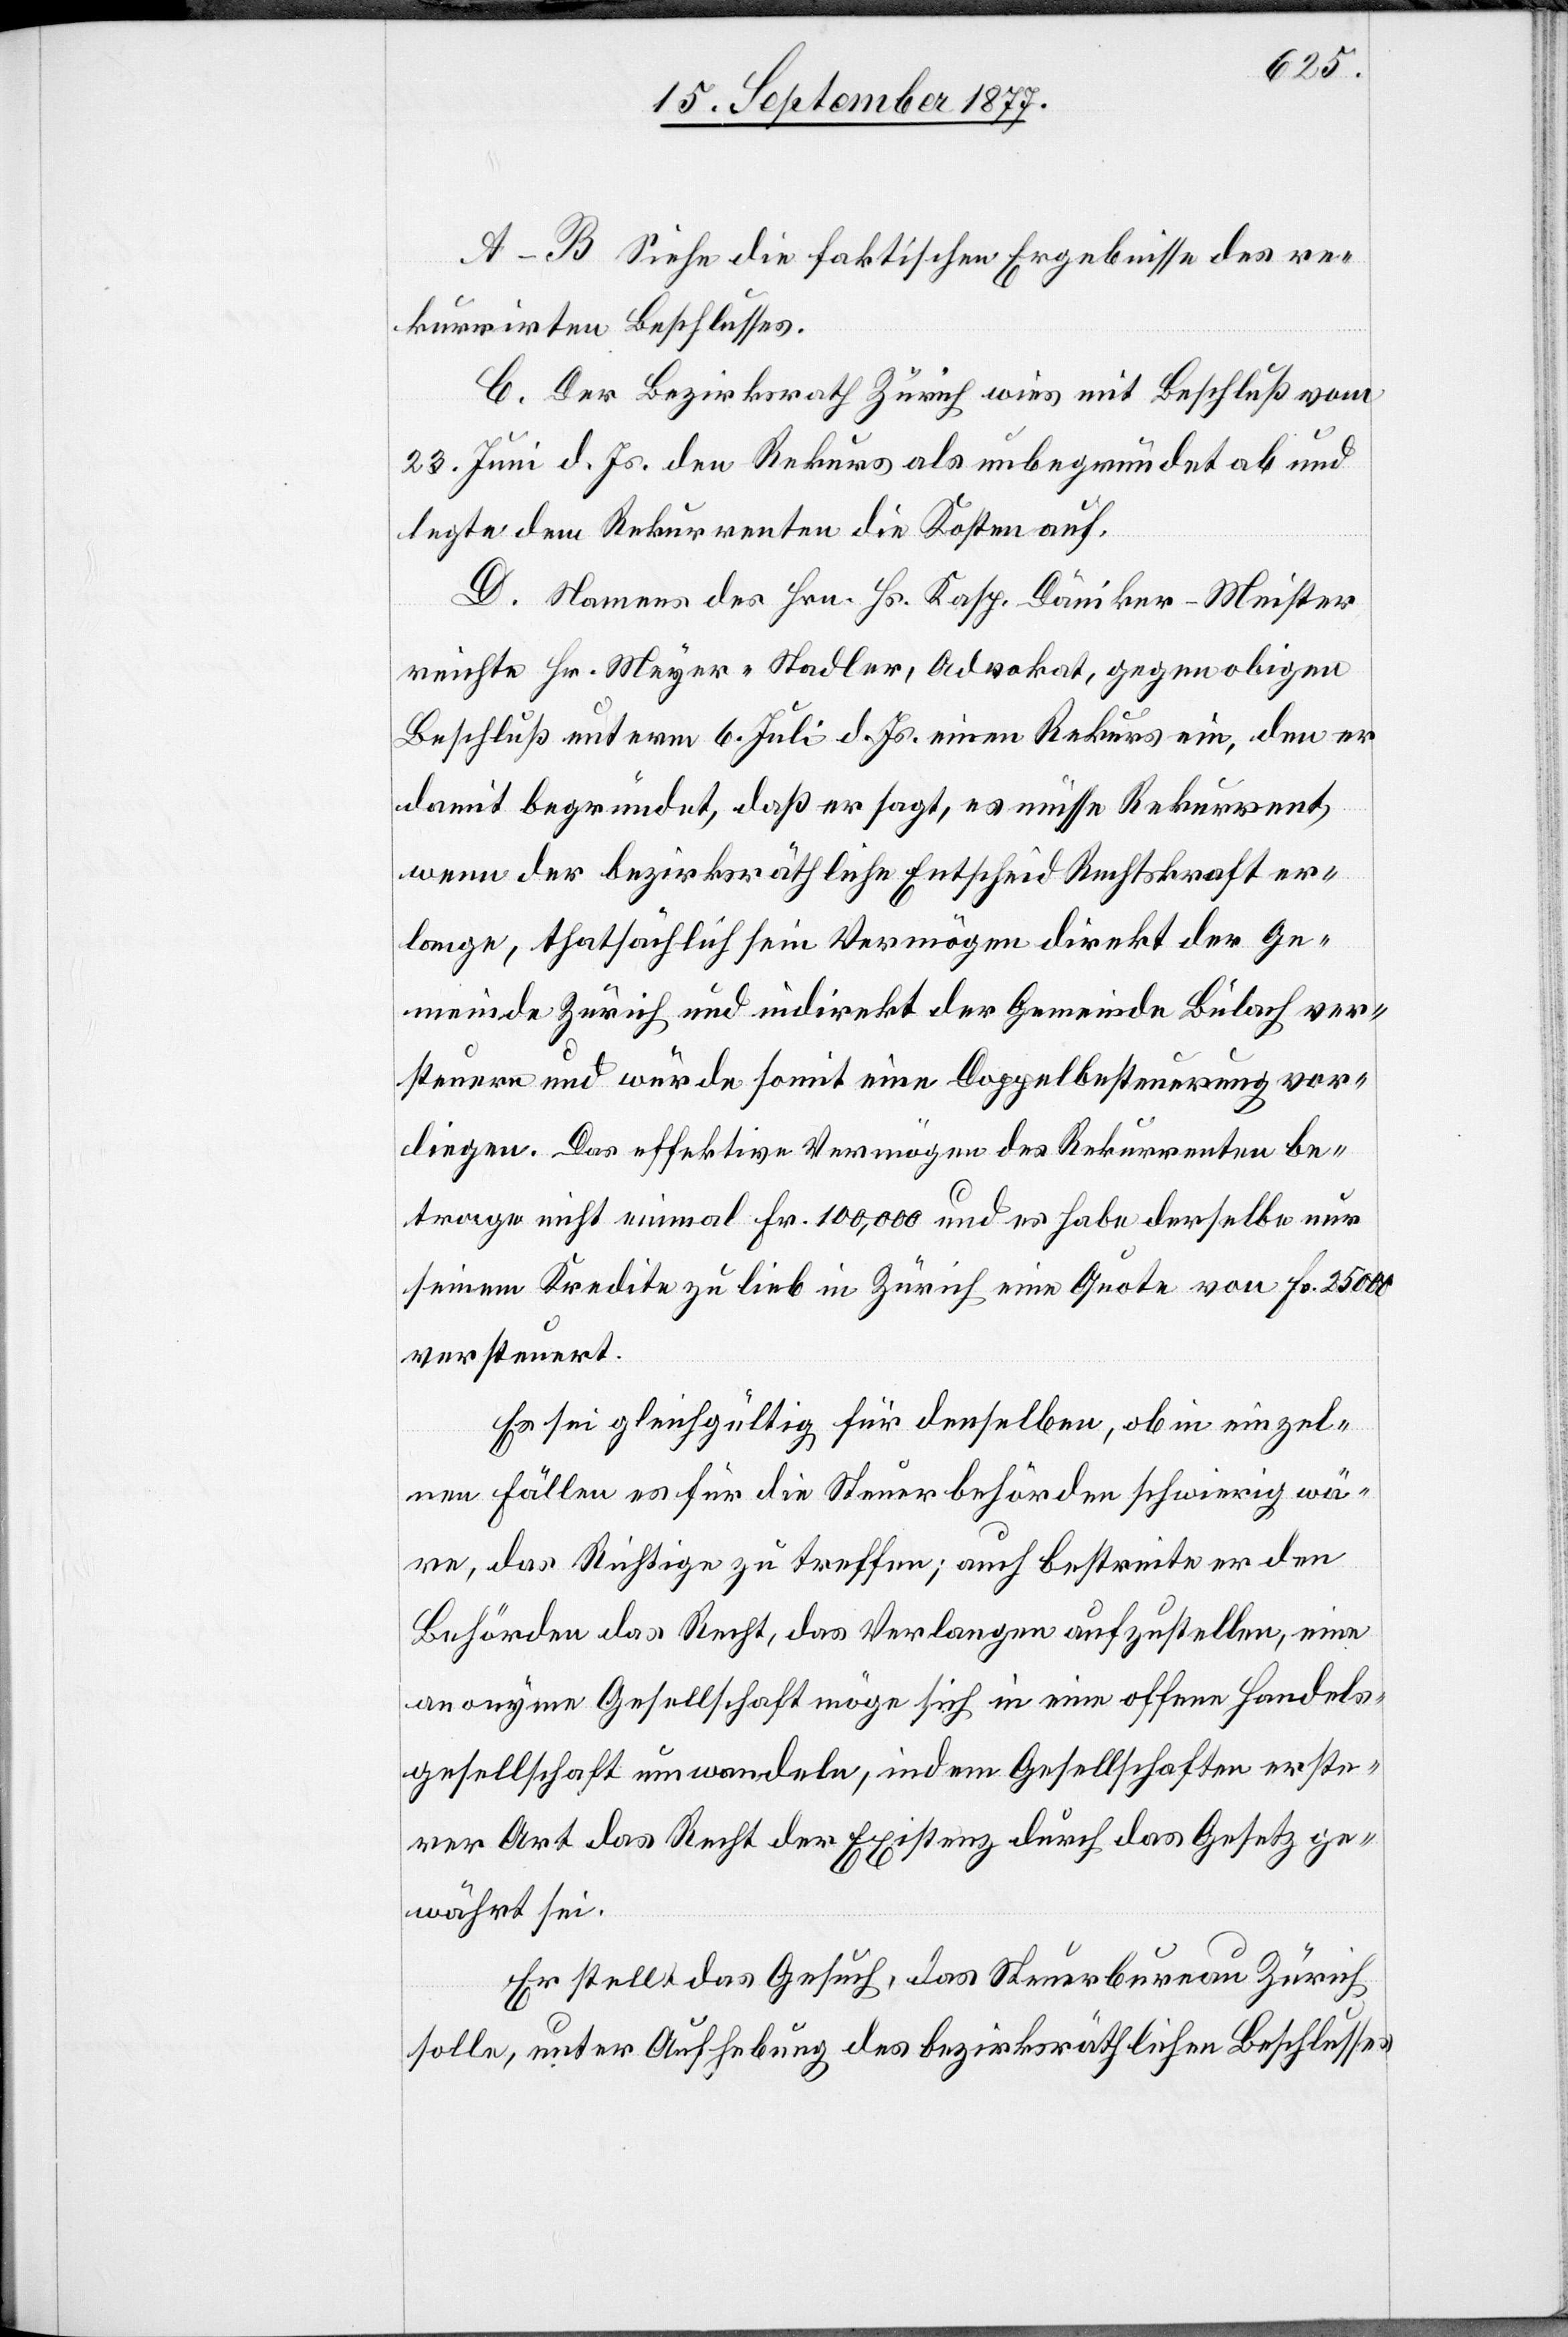
A–B Siehe die faktischen Ergebnisse des re¬
kurrirten Beschlusses.
C. Der Bezirksrath Zürich wies mit Beschluß vom
23. Juni d. Js. den Rekurs als unbegründet ab und
legte dem Rekurrenten die Kosten auf.
D. Namens des Hrn. Hs. Kasp. Däniker-Meister
reichte Hr. Meyer-Stadler, Advokat, gegen obigen
Beschluß unterm 6. Juli d. Js. einen Rekurs ein, den er
damit begründet, daß er sagt, es müsse Rekurrent,
wenn der bezirksräthliche Entscheid Rechtskraft er¬
lange, thatsächlich sein Vermögen direkt der Ge¬
meinde Zürich und indirekt der Gemeinde Bülach ver¬
steuern und würde somit eine Doppelbesteuerung vor¬
liegen. Das effektive Vermögen des Rekurrenten be¬
trage nicht einmal Fr. 100,000 und es habe derselbe nur
seinem Kredite zu lieb in Zürich eine Quote von Fr. 25 000
versteuert.
Es sei gleichgültig für denselben, ob in einzel¬
nen Fällen es für die Steuerbehörden schwierig wä¬
re, das Richtige zu treffen; auch bestreite er den
Behörden das Recht, das Verlangen aufzustellen, eine
anonyme Gesellschaft möge sich in eine offene Handels¬
gesellschaft umwandeln, indem Gesellschaften erste¬
rer Art das Recht der Existenz durch das Gesetz ge¬
währt sei.
Er stellt das Gesuch, das Steuerbureau Zürich
solle, unter Aufhebung des bezirksräthlichen Beschlusses